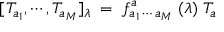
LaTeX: [ T _ { a _ { 1 } } , \cdots , T _ { a _ { M } } ] _ { \lambda } \; = \; f _ { a _ { 1 } \, \cdots \, a _ { M } } ^ { a } \; ( \lambda ) \; T _ { a }